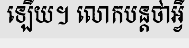
ឡើយ។ លោកបន្តថាអ្វី